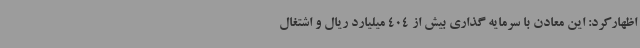
اظهارکرد: این معادن با سرمایه گذاری بیش از 404 میلیارد ریال و اشتغال